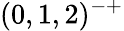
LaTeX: (0,1,2)^{-+}